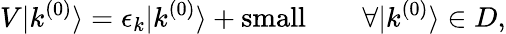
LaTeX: V|k^{(0)}\rangle=\epsilon_{k}|k^{(0)}\rangle+{\mathrm{small}}\qquad\forall|k^{(0)}\rangle\in D,